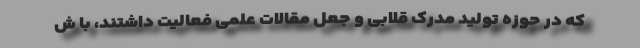
که در حوزه تولید مدرک قلابی و جعل مقالات علمی فعالیت داشتند، با ش